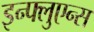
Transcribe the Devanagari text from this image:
इन्फ्लुएन्स